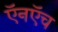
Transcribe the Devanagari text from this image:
ऍनऍच